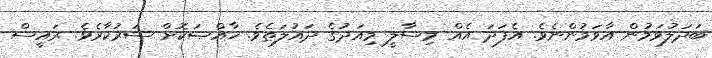
ބަދަލުވަމުން އާވަމުންނެވެ. އެފަދަ އެއް މިސާލީ މިއަދުގެ ދައުލަތެވެ. ޚާއްޞަކޮށް ސަރުކާރެވެ. ރައީސް